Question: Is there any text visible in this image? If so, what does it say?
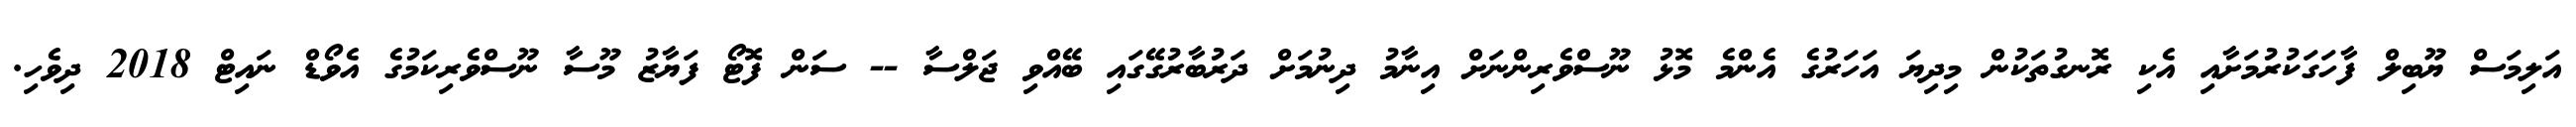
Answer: އަލިމަސް ޔޫބިލް ފާހަގަކުރުމަށާއި އެކި ރޮނގުތަކުން މިދިޔަ އަހަރުގެ އެންމެ މޮޅު ނޫސްވެރިންނަށް އިނާމު ދިނުމަށް ދަރުބާރުގޭގައި ބޭއްވި ޖަލްސާ -- ސަން ފޮޓޯ ފަޔާޒު މޫސާ ނޫސްވެރިކަމުގެ އެވޯޑް ނައިޓް 2018 ދިވެހި.